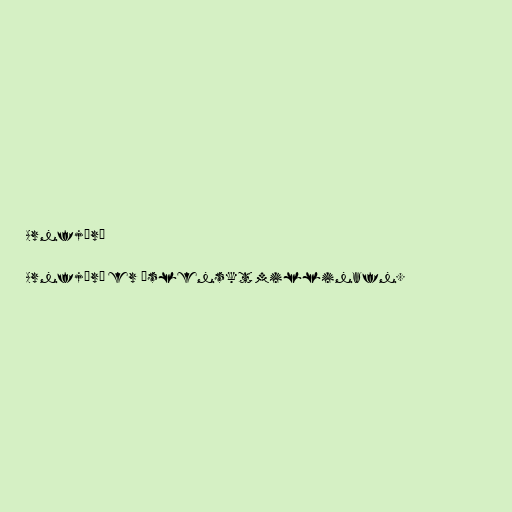
Arnfjörð

Arnfjörð er íslenskt millinafn.